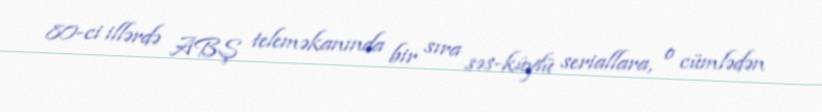
80-ci illərdə ABŞ teleməkanında bir sıra səs-küylü seriallara, o cümlədən